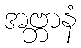
အဗ္ဘာနံ